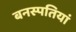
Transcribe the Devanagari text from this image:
बनस्पतियां